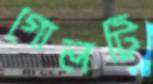
গোলটি